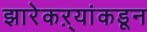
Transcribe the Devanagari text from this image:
झारेकऱ्यांकडून